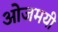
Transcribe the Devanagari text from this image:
ओजमयी